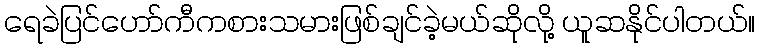
ရေခဲပြင်ဟော်ကီကစားသမားဖြစ်ချင်ခဲ့မယ်ဆိုလို့ ယူဆနိုင်ပါတယ်။